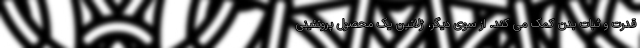
قدرت و ثبات بدن کمک می کند. از سوی دیگر، ژلاتین یک محصول پروتئینی